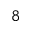
^ 8